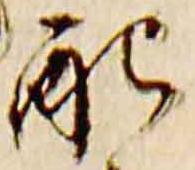
配